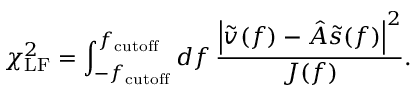
\chi _ { \mathrm { L F } } ^ { 2 } = \int _ { - f _ { \mathrm { c u t o f f } } } ^ { f _ { \mathrm { c u t o f f } } } \mathop { d f } \frac { \left| \tilde { v } ( f ) - \hat { A } \tilde { s } ( f ) \right| ^ { 2 } } { J ( f ) } .